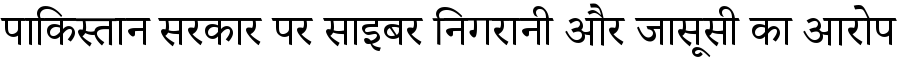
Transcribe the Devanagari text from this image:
पाकिस्तान सरकार पर साइबर निगरानी और जासूसी का आरोप